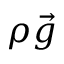
\rho \vec { g }